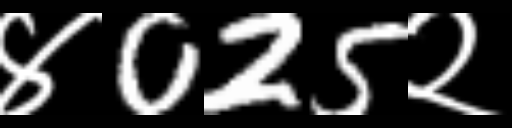
Text: ४025२